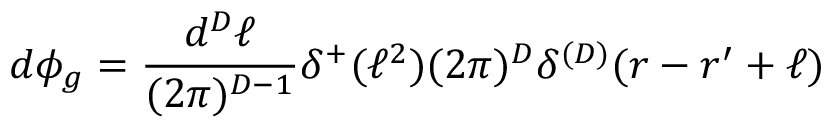
d \phi _ { g } = \frac { d ^ { D } \ell } { ( 2 \pi ) ^ { D - 1 } } \delta ^ { + } ( \ell ^ { 2 } ) ( 2 \pi ) ^ { D } \delta ^ { ( D ) } ( r - r ^ { \prime } + \ell )